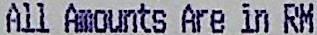
ALL AMOUNTS ARE IN RM